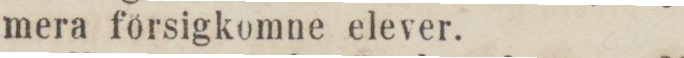
mera försigkomne elever.